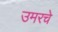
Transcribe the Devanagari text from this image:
उमरचे